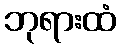
ဘုရားထံ